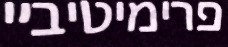
פרימיטיביי